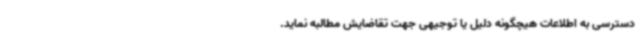
دسترسی به اطلاعات هیچگونه دلیل یا توجیهی جهت تقاضایش مطالبه نماید.